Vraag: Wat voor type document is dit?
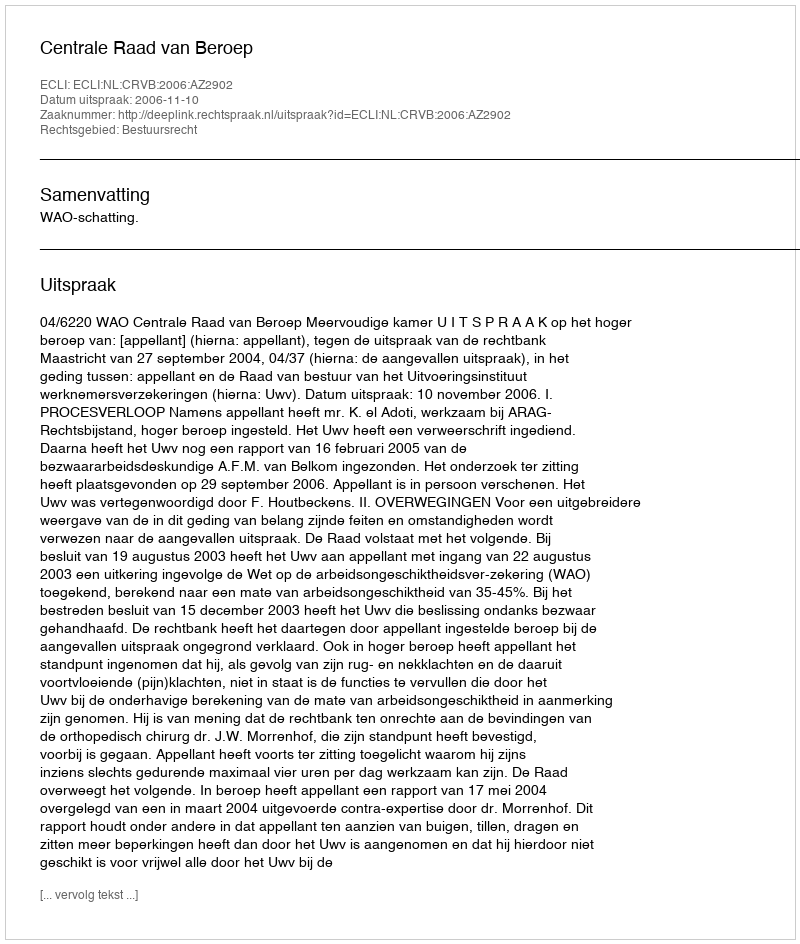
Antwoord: Uitspraak